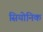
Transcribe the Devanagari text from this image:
सियोनिक